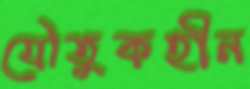
যৌতুকহীন